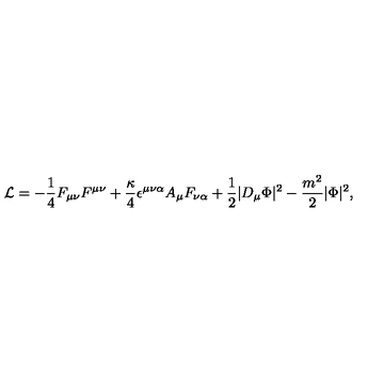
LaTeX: { \cal L } = - { \frac { 1 } { 4 } } F _ { \mu \nu } F ^ { \mu \nu } + { \frac { \kappa } { 4 } } \epsilon ^ { \mu \nu \alpha } A _ { \mu } F _ { \nu \alpha } + { \frac { 1 } { 2 } } | D _ { \mu } \Phi | ^ { 2 } - \frac { m ^ { 2 } } { 2 } | \Phi | ^ { 2 } ,